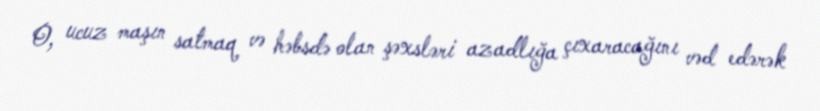
O, ucuz maşın satmaq və həbsdə olan şəxsləri azadlığa çıxaracağını vəd edərək